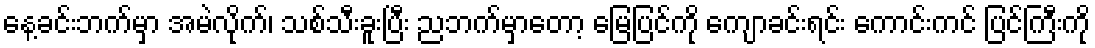
နေ့ခင်းဘက်မှာ အမဲလိုက်၊ သစ်သီးခူးပြီး ညဘက်မှာတော့ မြေပြင်ကို ကျောခင်းရင်း ကောင်းကင် ပြင်ကြီးကို